King Institute of Preventive Medicine Micro-Biological Section reports 1912-19
Year: 1912
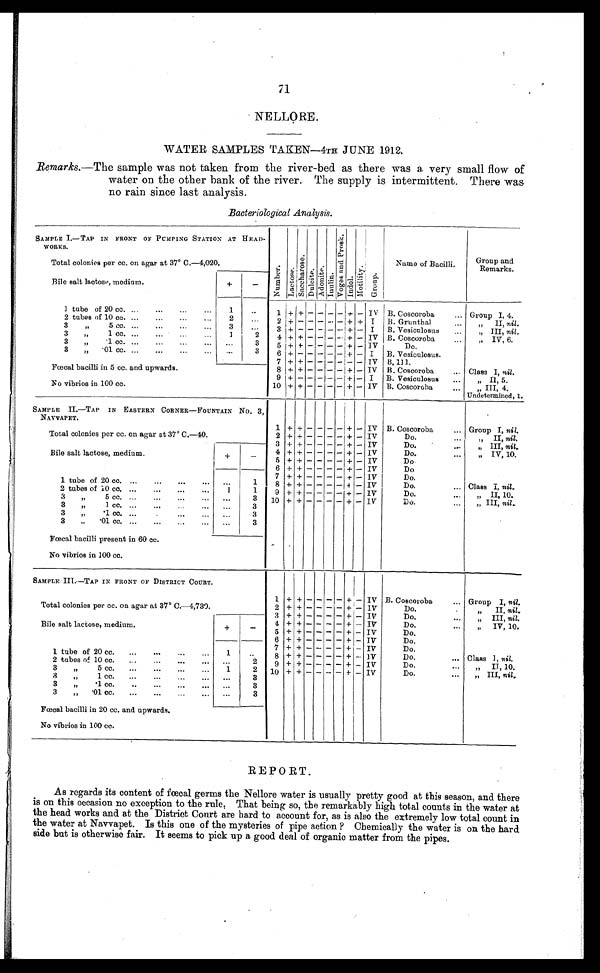
71
NELLORE.
WATER SAMPLES TAKEN—4TH JUNE 1912.
Remarks.—The sample was not taken from the river–bed as there was a very small flow of
water on the other bank of the river. The supply is intermittent. There was
no rain since last analysis.
Bacteriological Analysis.
SAMPLE I.—TAP IN FRONT OF PUMPING STATION AT HEAD-
WORKS.
Number . L a c t o s e .
S a c c h a r o s e .
Du l c i t e . Adoni t e .
I n u l i n .
V o g e s a n d P r o s k .
Indol.
M o t i l i t y .
Group.
Total colonies per cc. on agar at 37° C.—4,020.
Name of Bacilli.
Group and
Remarks.
Bile salt lactose, medium.
+
-
1 tube of 20 cc. ...
...
...
...
1
..
1 + + - - -
- + - IV B. Coscoroba
... Group I, 4.
2 tubes of 10 cc. ...
...
...
2
- .
2 + - - - - - + + I B. Grunthal.
„
II, nil.
3
„ 5
cc. ...
...
...
...
3
. . . 3 + - - - - - + - I B. Vesiculosus
.:.
„ III, nil.
3
,,
1 cc. ...
...
1
2
4 + + - - - - + - IV B. Coscoroba
...
„ IV, 6.
3
„
.1 cc. ...
...
...
.,. ...
3
5 + + - - - - + - IV
Do.
3
„ .01 cc. ... ... ... ...
...
3
6 + - - - - + - I B. Vesiculosus.
7
+ + - - - - -
- IV B. 111.
Fœcal bacilli in 5 cc. and upwards.
8 + + - - - - + - IV B. Coscoroba
... Class I, nil.
9 + - - - - - + - I B. Vesiculosus ...
„ II, 5.
No vibrios in 100 cc.
10 + + - - - - + - IV B. Coscoroba
...
„
III, 4.
Undetermined, 1.
SAMPLE II.—TAP IN EASTERN CORNER—FOUNTAIN No. 3,
NAVVAPET.
1 + +
- - - - +
- IV B. Coscoroba
... Group I, nil.
Total colonies per cc. on agar at 37° C.—40.
2 + + - - - - + - IV
Do.
...
„ II, nil.
3 + + - - - - + - IV
Do.
...
„ III, nil..
Bile salt lactose, medium.
+
_
4 + + - - - - + - IV
Do.
...
„ IV, 10.
5 + + - - - - + - IV
Do.
6 + +
+ - - - + - IV
Do
7 + + - - - - + - IV
Do.
1 tube of 20 cc. ...
...
...
... ...
1
8 + + - - - - + - IV
Do.
... Class I, nil.
2 tubes of 10 cc. ...
...
...
...
I
1
9 + + - - - - + - IV
Do....
„
II, 10.
3
„ 5 c c
3 10 + + - - - - + - IV
Do.
...
„ III, nil..
3
„
1 cc, ...
...
... ...
3
.
..
3
„
'1 cc..
... ...
3
3
„
. 0 1 c c .
. . .
. . .
3
Fœcal bacilli present in 60 cc.
No vibrios in 100 cc.
SAMPLE III.—TAP IN FRONT OF DISTRICT COURT.
1 + +
- - - - +
- IV B. Coscoroba
... Group I, nil.
Total colonies per cc. on agar at 37° C.—4,730.
2 + + - - - - + - IV
Do.
„
II, nil.
3 + + - - - - + - IV
Do.
...
„
„
III,
nil.
Bile salt lactose, medium.
+
_
4 + + - - - - + - IV
D o . . . .
„
IV, 10.
5 + + - - - - + - IV
Do.
6 + + - - - - + - IV
Do.
7 + + - - - - + - IV
Do.
1 tube of 20 cc. ...
....
...
...
1
8 + + - - - - + - 1V
Do.
... Class I, nil,
2 tubes of 10 cc. ...
...
...
... ...
2
9 + + - - - - + - IV
Do.
...
„
II,
10.
3
„
5 cc. ...
...
...
1
2 10 + + -- - - - - - - + - IV
Do.
...
„
III, nil,
3
„
1 c c
3
3
„
.1 cc.
..
...
...
... ...
3
3
„
. 0 1 c c .
. . .
. . .
. . .
. . . ...
3
Fœcal bacilli in 20 cc. and upwards.
No vibrios in 100 cc.
REPORT.
As regards its content of fœcal germs the Nellore water is usually pretty good at this season, and there
is on this occasion no exception to the rule. That being so, the remarkably high total counts in the water at
the head works and at the District Court are hard to account for, as is also the extremely low total count in
the water at Navvapet. Is this one of the mysteries of pipe action ? Chemically the water is on the hard
side but is otherwise fair. It seems to pick up a good deal of organic matter from the pipes.